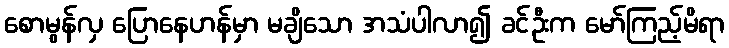
စောမွန်လှ ပြောနေဟန်မှာ မချိသော အသံပါလာ၍ ခင်ဦးက မော်ကြည့်မိရာ